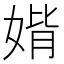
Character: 𡞂